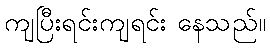
ကျပြီးရင်းကျရင်း နေသည်။